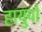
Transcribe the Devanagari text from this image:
हायुपो